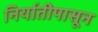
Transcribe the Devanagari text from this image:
निर्यातीपासून